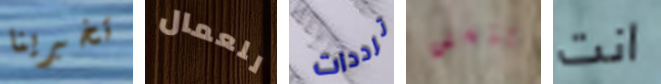
تخبرينا للعمال ترددات وينستن انت